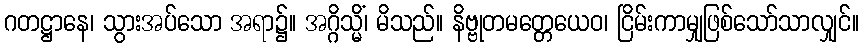
ဂတဋ္ဌာနေ၊ သွားအပ်သော အရာ၌။ အဂ္ဂိသ္မိံ၊ မိသည်။ နိဗ္ဗုတမတ္တေယေဝ၊ ငြိမ်းကာမျှဖြစ်သော်သာလျှင်။